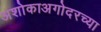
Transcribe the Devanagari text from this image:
अशोकाअगोदरच्या